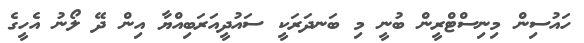
ހައުސިން މިނިސްޓްރީން ބުނީ މި ބަނދަރަކީ ސައުދީއަރަބިއްޔާ އިން ދޭ ލޯނު އެހީގެ